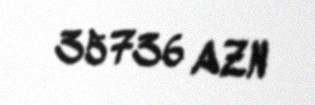
35736 AZN